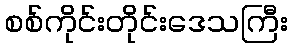
စစ်ကိုင်းတိုင်းဒေသကြီး